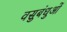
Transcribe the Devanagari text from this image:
वसुबंधुओं